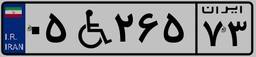
۰۵W۲۶۵۷۳